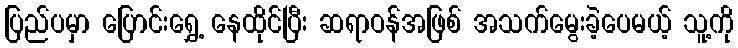
ပြည်ပမှာ ပြောင်းရွှေ့ နေထိုင်ပြီး ဆရာဝန်အဖြစ် အသက်မွေးခဲ့ပေမယ့် သူ့ကို